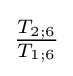
{\tfrac {T_{2;6}}{T_{1;6}}}